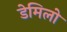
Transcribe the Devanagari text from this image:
डेमिलो